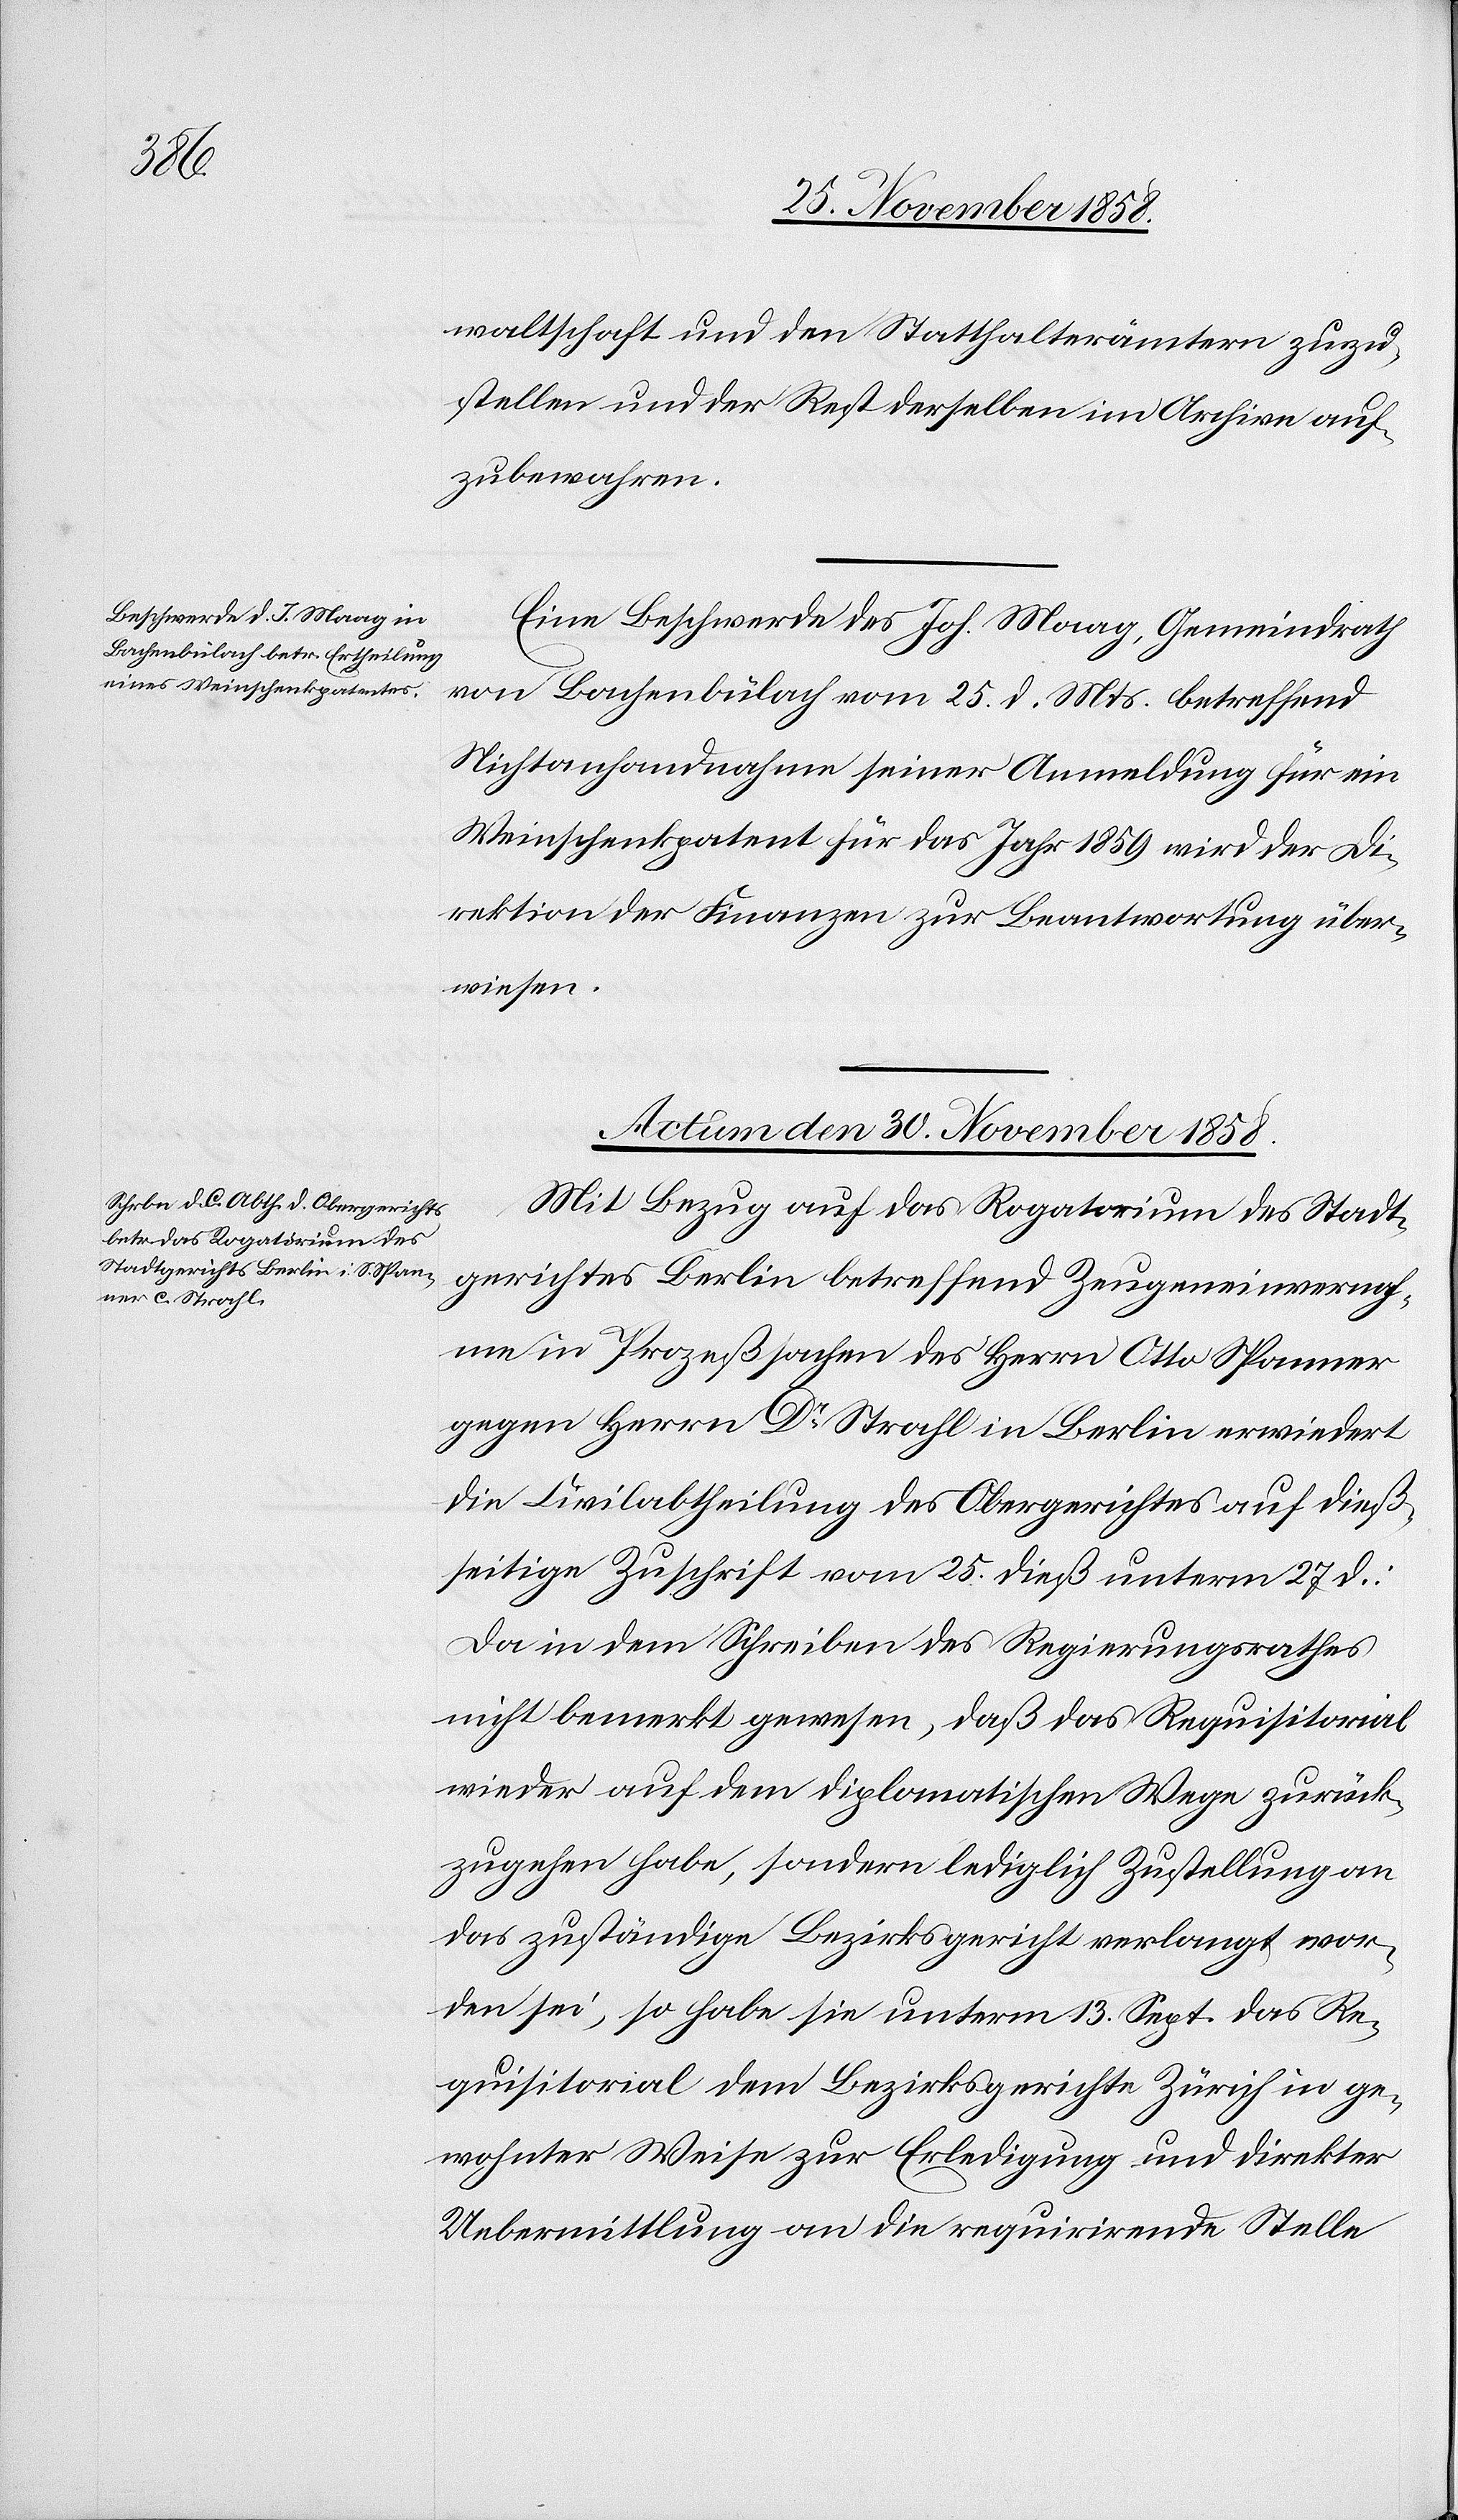
waltschaft und den Statthalterämtern zuzu¬
stellen und der Rest derselben im Archive auf¬
zubewahren.
Eine Beschwerde des Joh. Maag, Gemeindrath
von Bachenbülach vom 25. d. Mts. betreffend
Nichtanhandnahme seiner Anmeldung für ein
Weinschenkpatent für das Jahr 1859 wird der Di¬
rektion der Finanzen zur Beantwortung über¬
wiesen.
Actum den 30. November 1858.
Mit Bezug auf das Rogatorium des Stadt¬
gerichtes Berlin betreffend Zeugeneinvernah¬
me in Prozeßsachen des Herrn Otto Spanner
gegen Herrn Dr Strahl in Berlin erwiedert
die Civilabtheilung des Obergerichtes auf dieß¬
seitige Zuschrift vom 25. dieß unterm 27 d.:
Da in dem Schreiben des Regierungsrathes
nicht bemerkt gewesen, daß das Requisitorial
wieder auf dem diplomatischen Wege zurück¬
zugehen habe, sondern lediglich Zustellung an
das zuständige Bezirksgericht verlangt wor¬
den sei, so habe sie unterm 13. Sept. das Re¬
quisitorial dem Bezirksgerichte Zürich in ge¬
wohnter Weise zur Erledigung und direkter
Uebermittlung an die requirirende Stelle